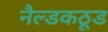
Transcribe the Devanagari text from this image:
नैल्डकठूड